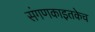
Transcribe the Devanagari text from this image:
संगणकाइतकेच